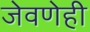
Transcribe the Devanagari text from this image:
जेवणेही